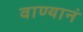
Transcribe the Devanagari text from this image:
वाण्यानं